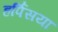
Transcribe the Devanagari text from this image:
हर्पिसया